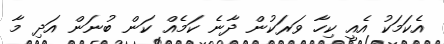
އެކަމަކު އެއީ ކިހާ ވަރަކުން ދާނެ ކަމެއް ކަން ބުނަން އަދި މާ